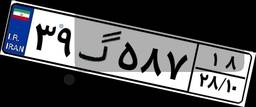
۳۹گ۵۸۷۱۸